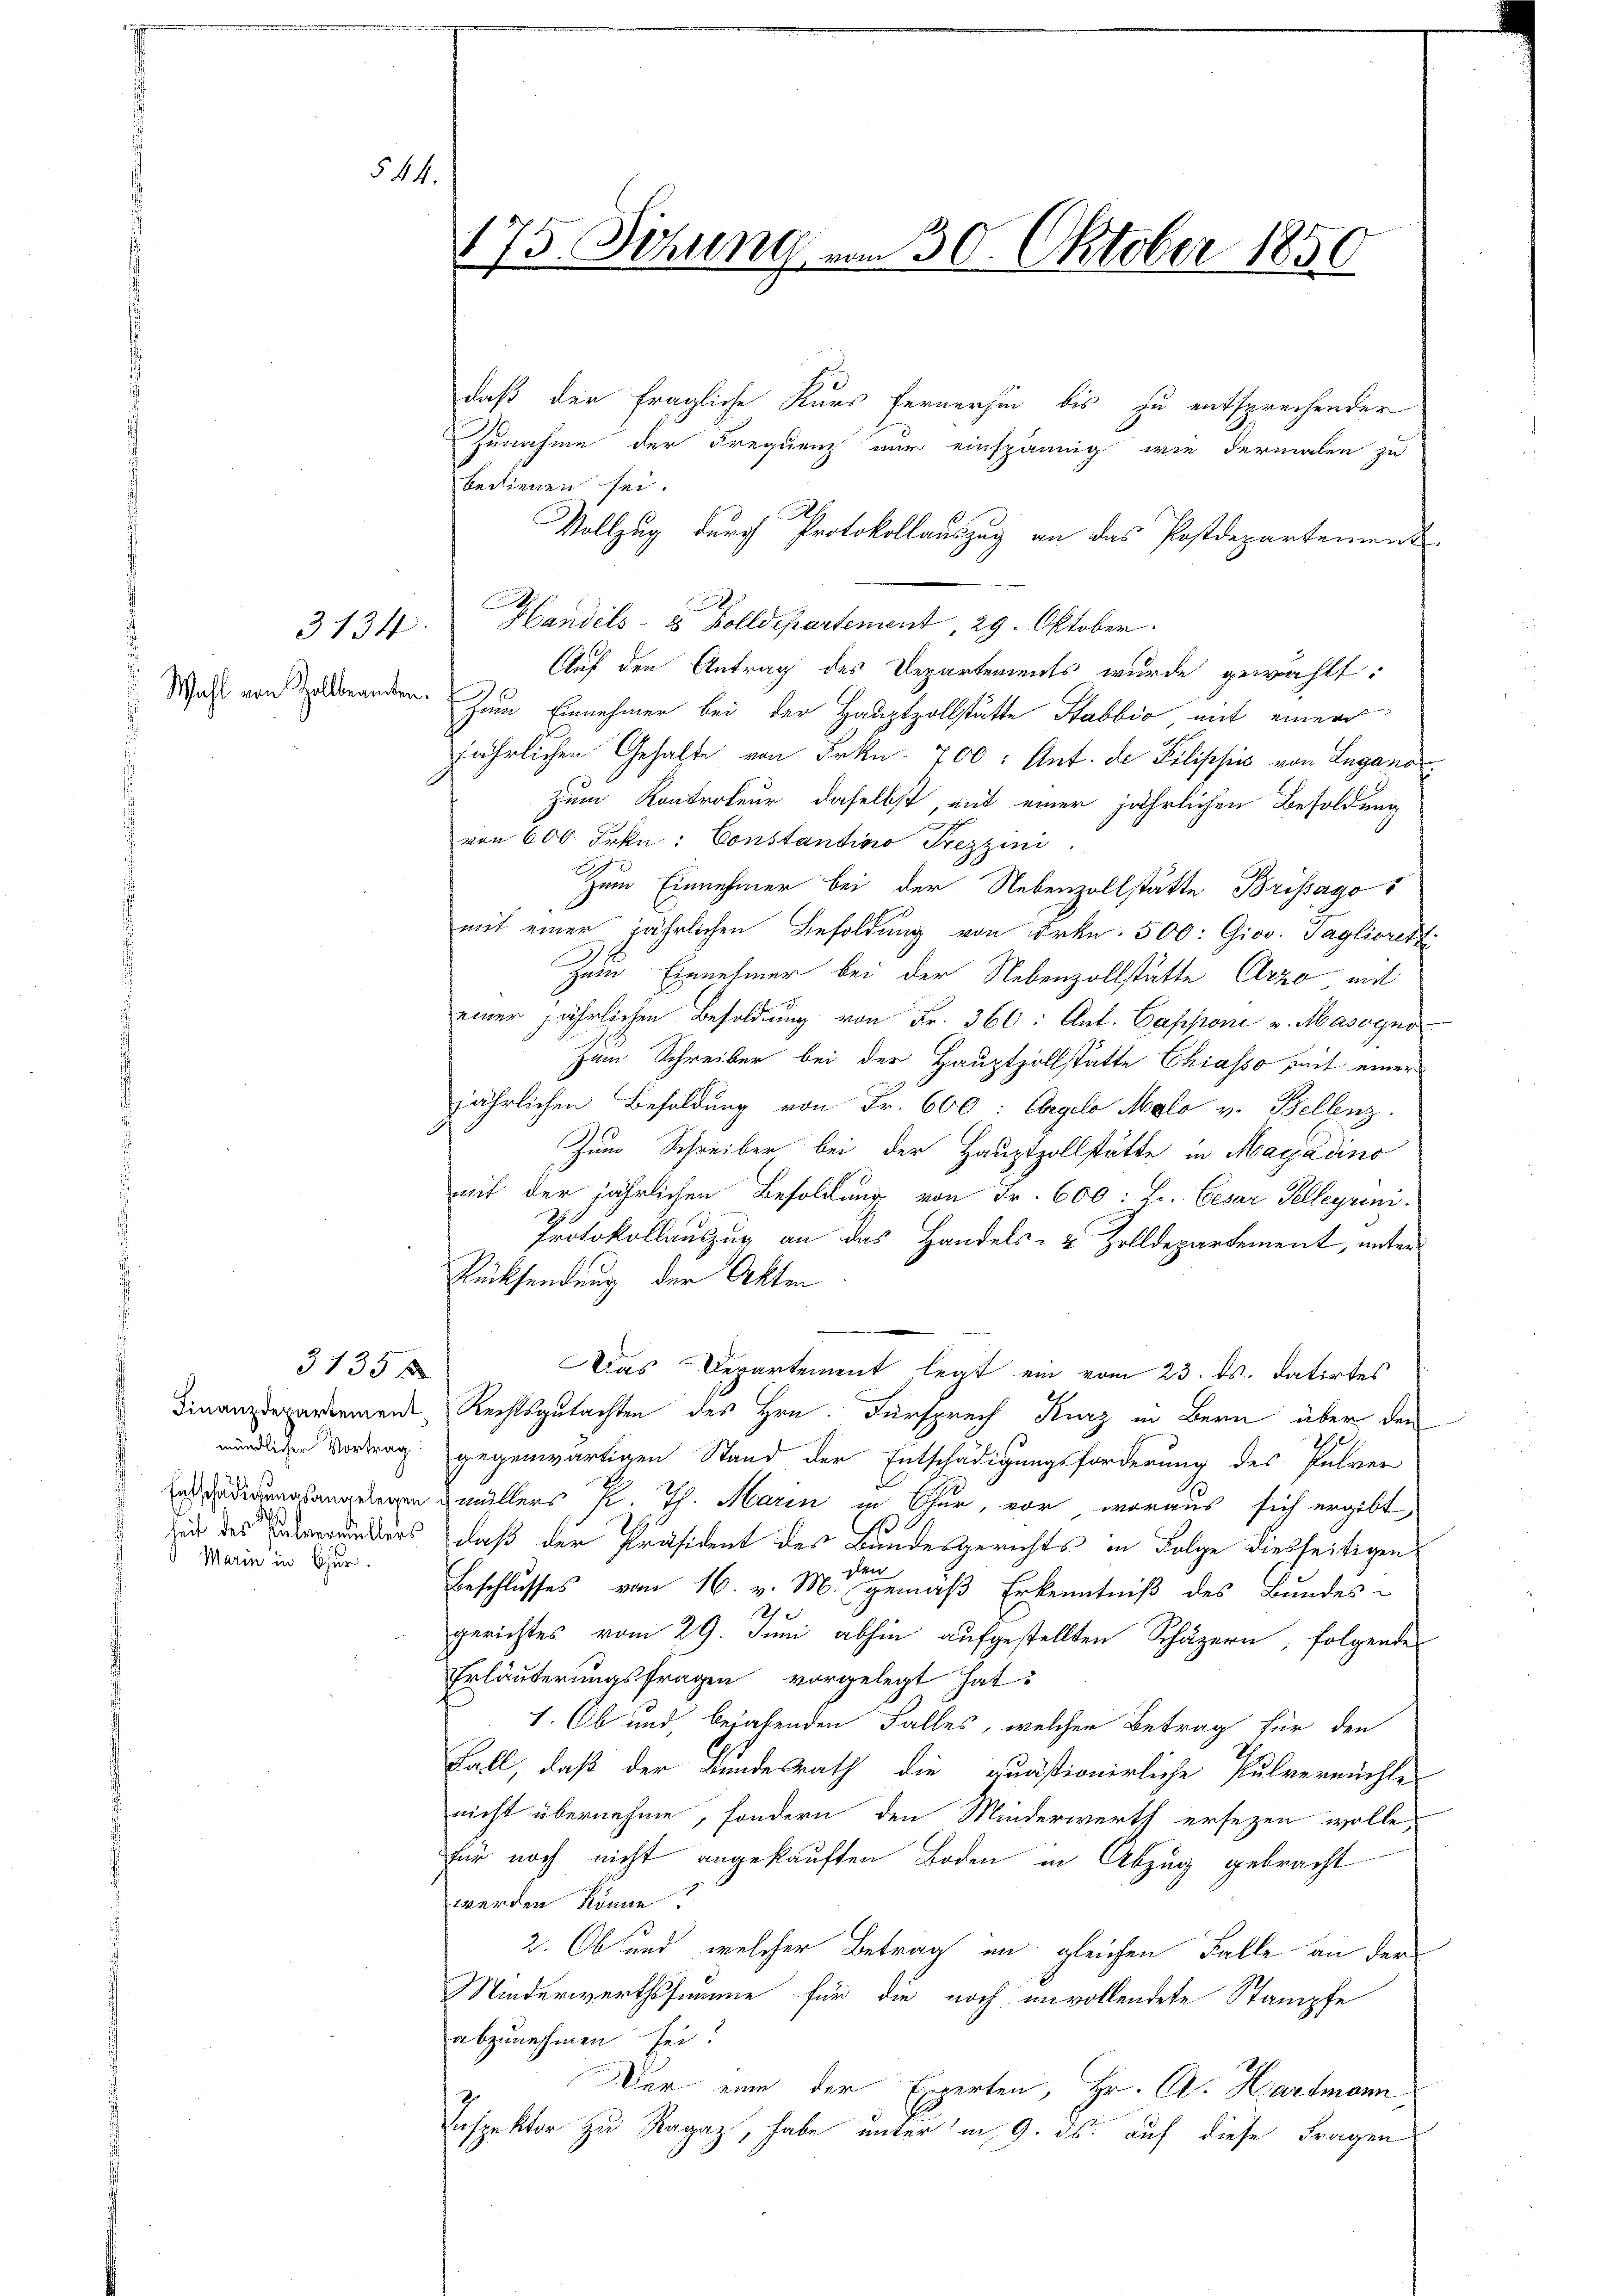
3134.
Wahl von Zollbeamten.

3135 x
Marin in Chur.

544.

daß der fragliche Kurs fernerhin bis zu entsprechender
Zunahme der Frequenz nur einspännig wie dermalen zu
bedienen sei.
Vollzug durch Protokollauszug an das Postdepartement
Handels- 2 Zolldepartement, 29. Oktober.
Auf den Antrag des Departements wurde gewählt:
Zum Einnehmer bei der Hauptzollstätte Stabbio mit einer
jährlichen Gehalte von Frkn. 700: Ant. de Filippis von Luganozum Kontroleur daselbst, mit einer jährlichen Besoldung
von 600 Frkn.: Constantino Trezzini
Zum Einnehmer bei der Nebenzollstätte Brissago
mit einer jährlichen Besoldung von Frkn. 500: Giov. Tagliorett
Zum Einnehmer bei der Nebenzollstätte Arze mit
einer jährlichen Besoldung von Fr. 360: Ant. Capponi v. Masogno
Zum Schreiber bei der Hauptzollstätte Chiasso mit einer
jährlichen Besoldung von Fr. 600: Angelo Malo v. Bellenz.
Zum Schreiber bei der Hauptzollstätte in Magadino
mit der jährlichen Besoldung von Fr. 600 : Hr. Cesar Selleyrini¬
Protokollauszug an das Handels- & Zolldepartement, unter¬
Rücksendung der Akten
.
Das Departement, legt ein vom 23. ds. datirtes
Finanzdepartement Rechtsgutachten des Hrn. Fürsprech Kurz in Bern über den
A
mündlicher Vortrag gegenwärtigen Stand der Entschädigungsforderung des Pulver
Enadigungsangelegen allers P. Th. Marin in Chur, vor, woraus sich ergibt,
2
 des ders, daß der Präsident des Bundesgerichts in Folge dießseitigen
en
Beschlusses vom 16. v. M. gemäß Erkenntniß des Bundes-
h
gerichtes vom 29. Juni abhin aufgestellten Schäzern, folgende
Erläuterungsfragen vorgelegt hat.
1. Ob und, begabenden Falles, welcher Betrag für den
Fall, daß der Bundesrath die quästionirliche Pulvernüchte
nicht übernehme, sondern den Minderwerth ersezen wolle,
für noch nicht angekauften Boden in Abzug gebracht
werden könne?
2. Ob und welcher Betrag im gleichen Falle an der
Minderwerthssumme für die noch unvollendete Stampfe
abzunehmen sei?
Der eine der Experten, Hr. A. Hartmann
7
Inspektor zu Ragaz, habe unter in 9. ds. auf diese Fragen

175. Sitzung vom 30. Oktober 1850

.